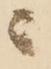
ニ